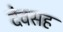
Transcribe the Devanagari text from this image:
देवसह